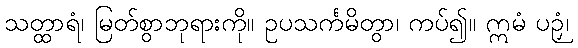
သတ္ထာရံ၊ မြတ်စွာဘုရားကို။ ဥပသင်္ကမိတွာ၊ ကပ်၍။ ဣမံ ပဉှံ၊